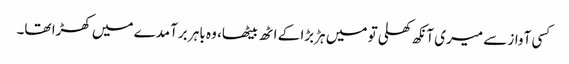
کسی آواز سے میری آنکھ کھلی تو میں ہڑبڑا کے اٹھ بیٹھا، وہ باہر برآمدے میں کھڑا تھا۔